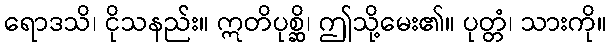
ရောဒသိ၊ ငိုသနည်း။ ဣတိပုစ္ဆိ၊ ဤသို့မေး၏။ ပုတ္တံ၊ သားကို။